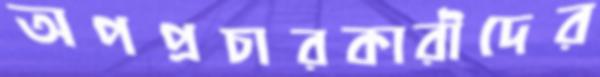
অপপ্রচারকারীদের